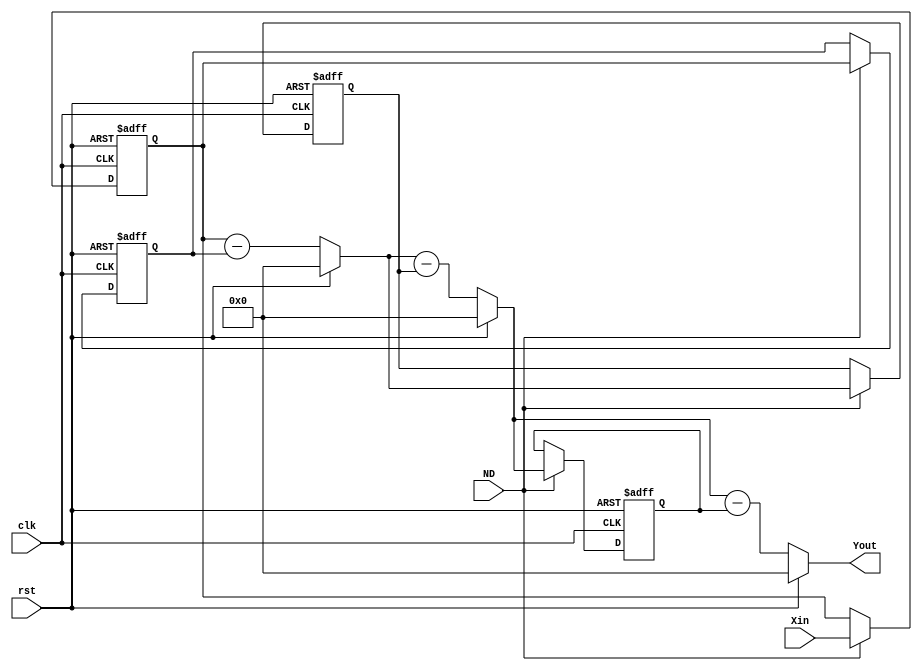
module Comb(
	rst,clk,ND,
	Xin,Yout
);

input 	rst;
input	clk;
input	ND;		//
input	signed [16:0] Xin;	//2KHz
output	signed [16:0] Yout;	//

reg signed [16:0]	d1,d2,d3,d4;
wire signed [16:0]	c1,c2;
wire signed [16:0]	You_tem;


//3
always@(posedge rst or posedge clk)
	if(rst)
		begin
			d1 <= 17'd0;
			d2 <= 17'd0;
			d3 <= 17'd0;
			d4 <= 17'd0;
		end
	else
		begin
			if(ND)
				begin
					d1<= Xin;
					d2<= d1;
					d3<= c1;
					d4<= c2;
				end
		end
assign c1 = (rst ? 17'd0 : (d1-d2));
assign c2 = (rst ? 17'd0 : (c1-d3));
assign You_tem = (rst ? 17'd0 : (c2-d4));
assign Yout = You_tem[16:0];


endmodule